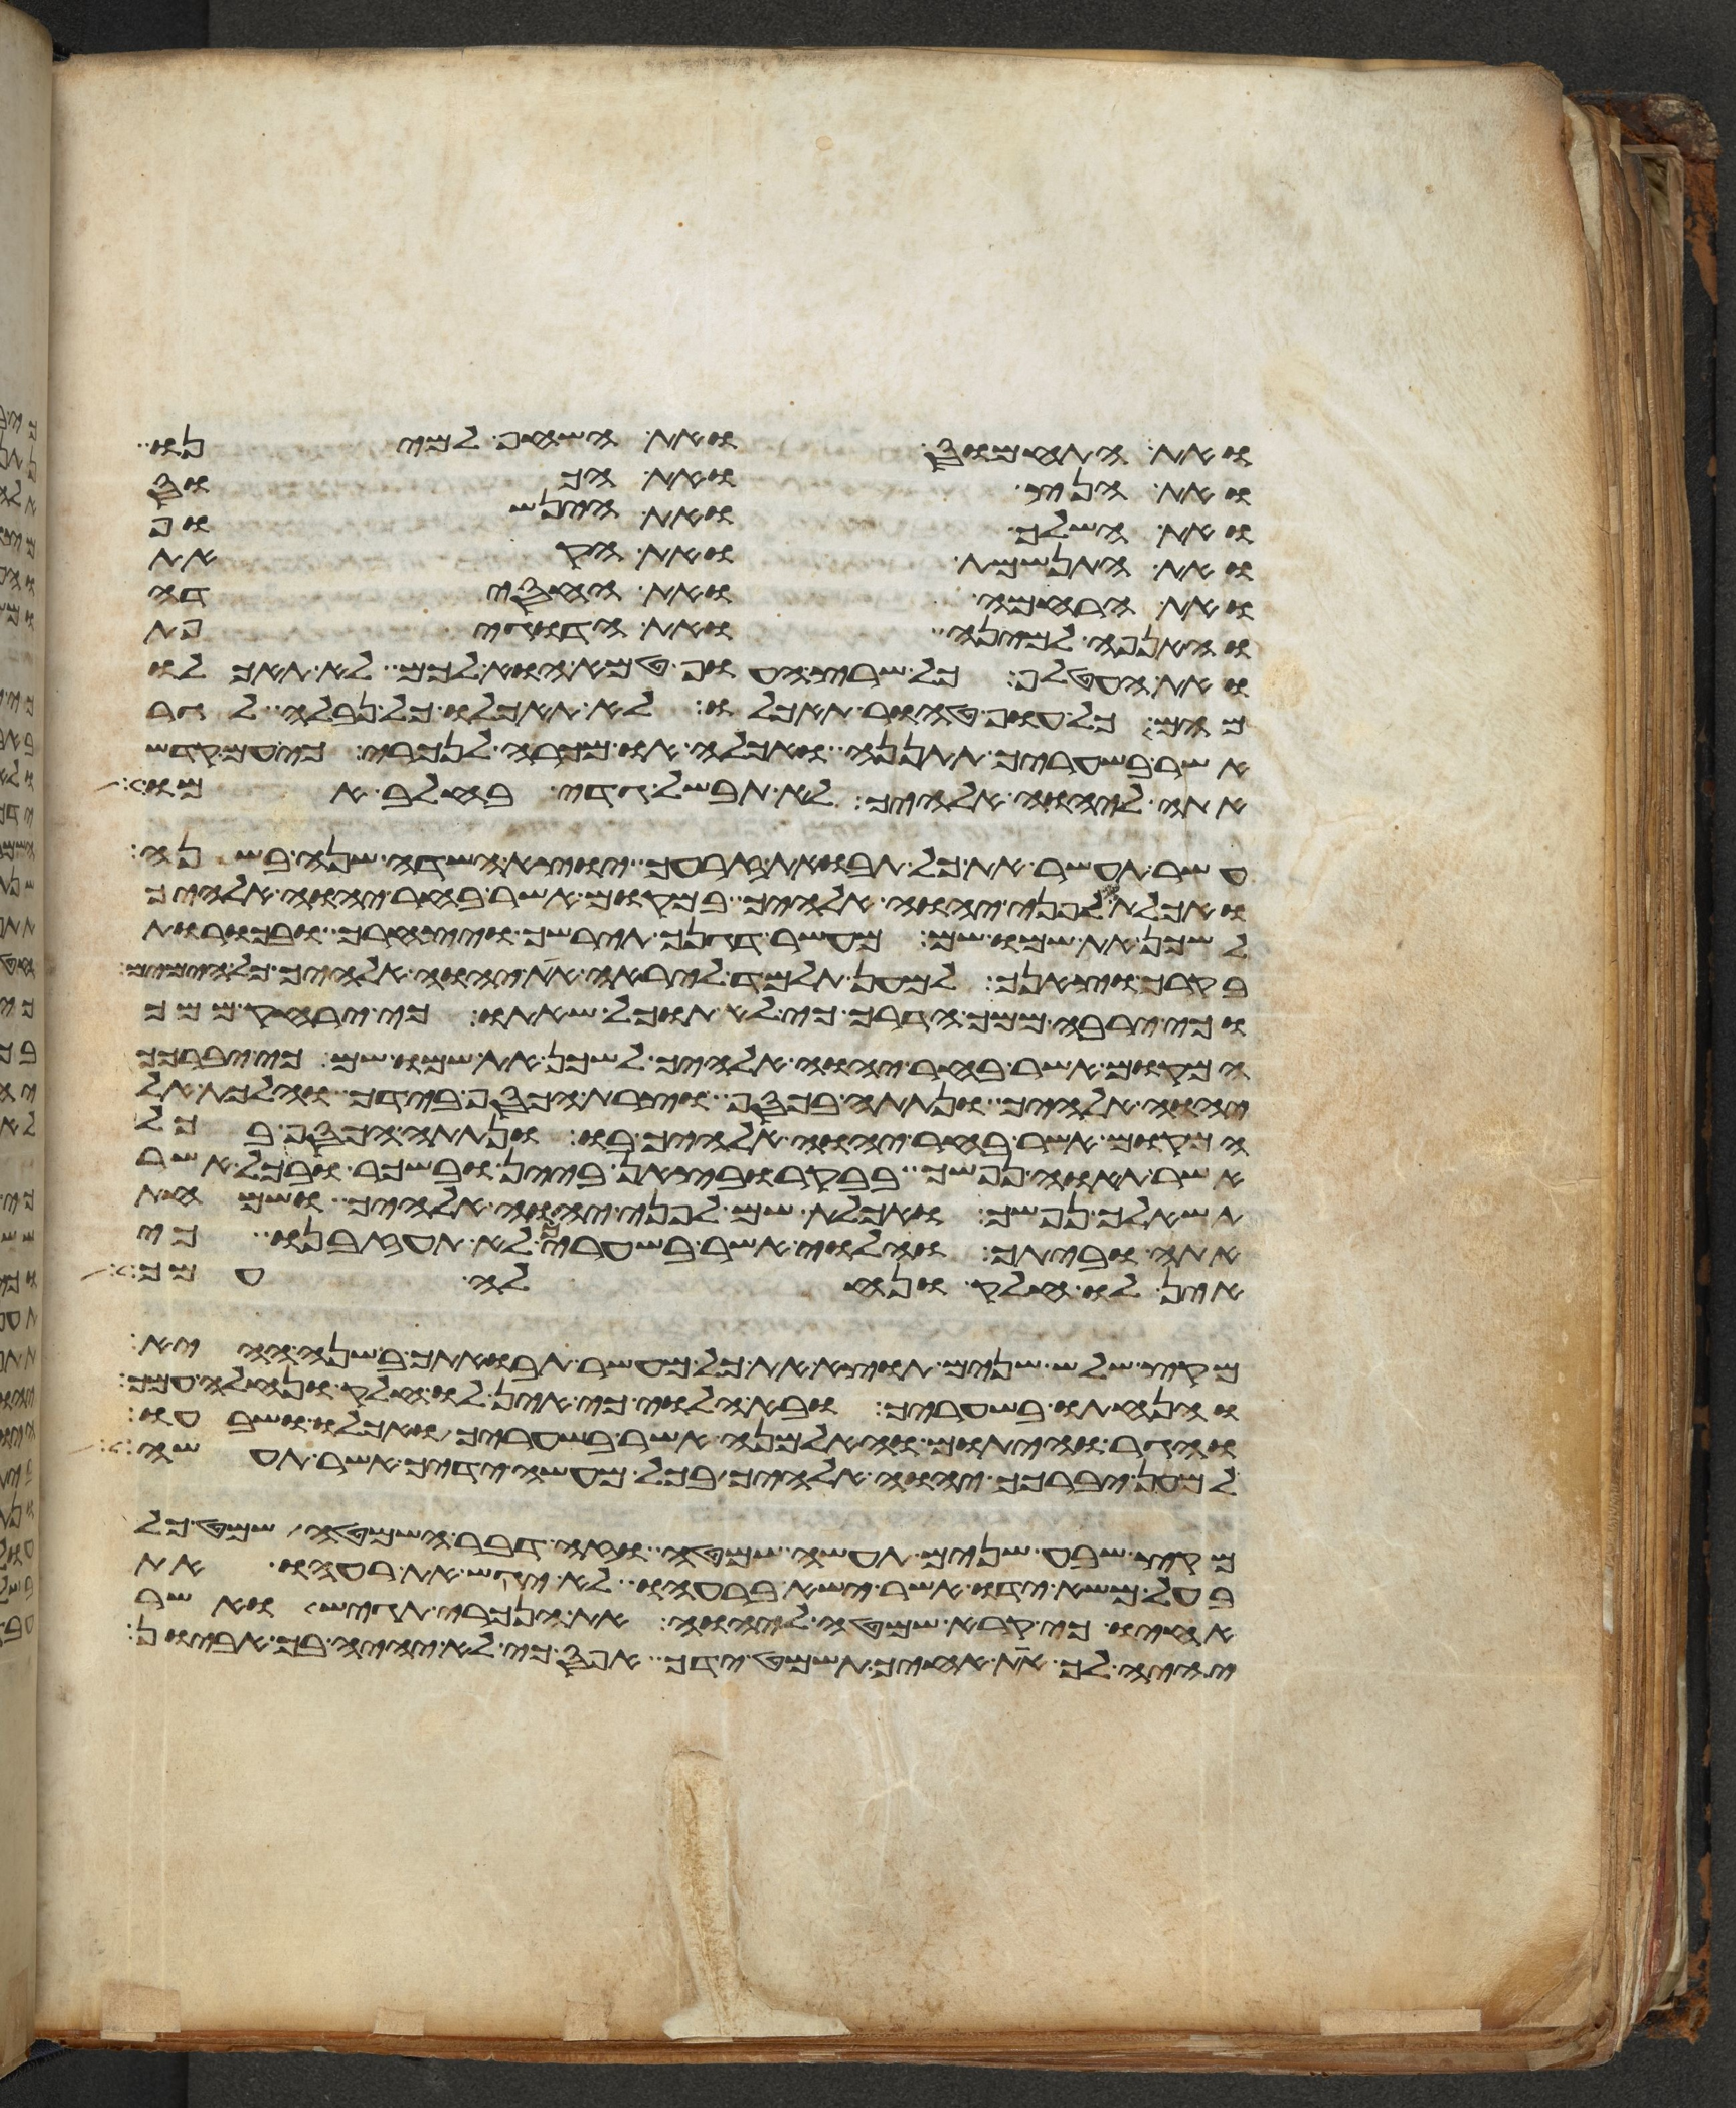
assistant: ואת התחמוס ואת השחף למינו
ואת הנץ ואת הכוס
ואת השלך ואת הינשוף
ואת התנשמת ואת הקאת
ואת הרחמה ואת החסידה
והאנפה למינה ואת הדגיפת
ואת העטלף כל שרץ העוף טמא הוא לכם לא תאכלו
מהם כל עוף טהור תאכלו לא תאכלו כל נבלה לגר
אשר בשעריך תתננה ואכלה או מכרה לנכרי כי עם קדש
אתה ליהוה אלהיך לא תבשל גדי בחלב אמו
עשר תעשר את כל תבואת זרעך יוצא השדה שנה בשנה
ואכלתו לפני יהוה אלהיך במקום אשר בחר יהוה אלהיך
לשכן את שמו שם מעשר דגנך תירשך ויצהרך ובכורת
בקרך וצאנך למען תלמד ליראה את יהוה אלהיך כל הימים
וכי ירבה ממך הדרך כי לא תוכל שאתו כי ירחק ממך
המקום אשר בחר יהוה אלהיך לשכן את שמו שם כי יברכך
יהוה אלהיך ונתתה בכסף וצרת הכסף בידך והלכת אל
המקום אשר בחר יהוה אלהיך בו ונתתה הכסף בכל
אשר תאוה נפשך בבקר ובצאן ביין ובשכר ובכל אשר
תשאלך נפשך ואכלת שם לפני יהוה אלהיך ושמחת
אתה וביתך והלוי אשר בשעריך לא תעזבנו כי
אין לו חלק ונחלה עמך
מקץ שלש שנים תוצא את כל מעשר תבואתך בשנה ההיא
והנחתו בשעריך ובא הלוי כי אין לו חלק ונחלה עמך
והגר והיתום והאלמנה אשר בשעריך ואכלו ושבעו
למען יברכך יהוה אלהיך בכל מעשה ידיך אשר תעשה
מקץ שבע שנים תעשה שמטה וזה דבר השמטה שמט כל
בעל משא ידו אשר ישא ברעהו לא יגש את רעהו את
אחיו כי קרא שמטה ליהוה את הנכרי תגש ואשר
יהיה לך את אחיך תשמט ידך אפס כי לא יהיה בך אביון